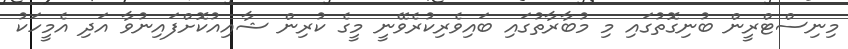
މިނިސްޓްރީން ބުނިގޮތުގައި މި މުބާރާތުގައި ބައިވެރިކުރެވޭނީ މީގެ ކުރިން ޝާއިއުކޮށްފައިނުވާ އަދި އެމީހަކު